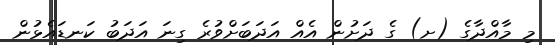
މި މާއްދާގެ (ށ) ގެ ދަށުން އެއް އަދަބަށްވުރެ ގިނަ އަދަބު ކަނޑައެޅުން